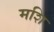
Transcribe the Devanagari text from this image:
मशि